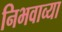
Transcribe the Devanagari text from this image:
निभवाव्या